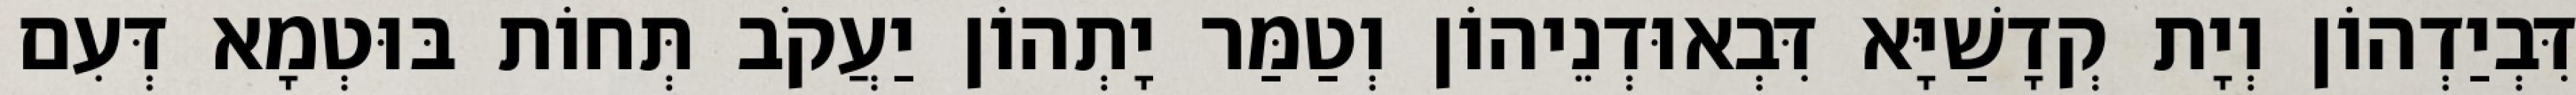
דִּבְיַדְהוֹן וְיָת קְדָשַׁיָּא דִּבְאוּדְנֵיהוֹן וְטַמַּר יָתְהוֹן יַעֲקֹב תְּחוֹת בּוּטְמָא דְּעִם